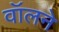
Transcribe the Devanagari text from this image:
वॉलने